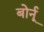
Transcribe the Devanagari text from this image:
बोर्नू